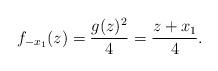
LaTeX: \begin{align*}f_{-x_{1}}(z) = \frac{g(z)^{2}}{4} = \frac{z+x_{1}}{4}.\end{align*}